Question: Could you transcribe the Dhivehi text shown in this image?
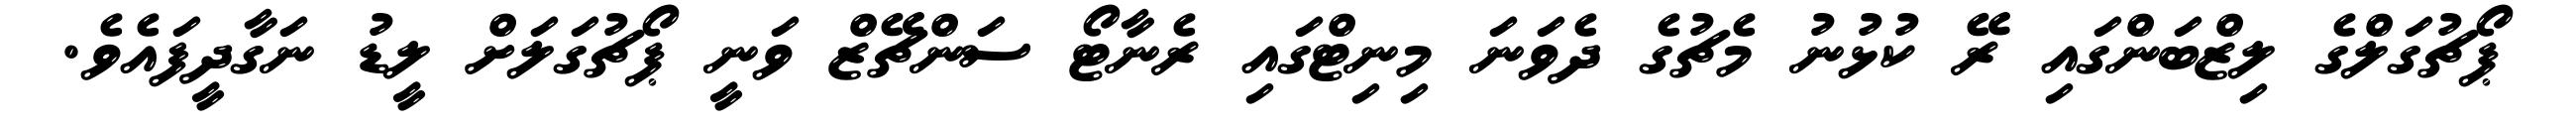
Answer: ޕޯޗުގަލްގެ ލިޒްބަންގައި ރޭ ކުޅުނު މެޗުގެ ދެވަނަ މިނިޓްގައި ރެނާޓޯ ސަންޗޭޒް ވަނީ ޕޯޗުގަލަށް ލީޑު ނަގާދީފައެވެ.